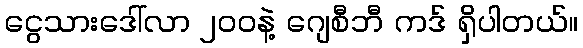
ငွေသားဒေါ်လာ ၂၀၀နဲ့ ဂျေစီဘီ ကဒ် ရှိပါတယ်။